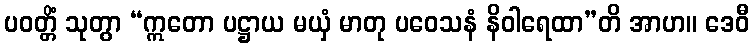
ပဝတ္တိံ သုတွာ “ဣတော ပဋ္ဌာယ မယှံ မာတု ပဝေသနံ နိဝါရေထာ”တိ အာဟ။ ဒေဝီ